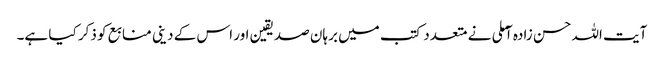
آیت اللہ حسن زادہ آملی نے متعدد کتب میں برہان صدیقین اور اس کے دینی منابع کو ذکر کیا ہے۔